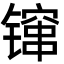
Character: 镩